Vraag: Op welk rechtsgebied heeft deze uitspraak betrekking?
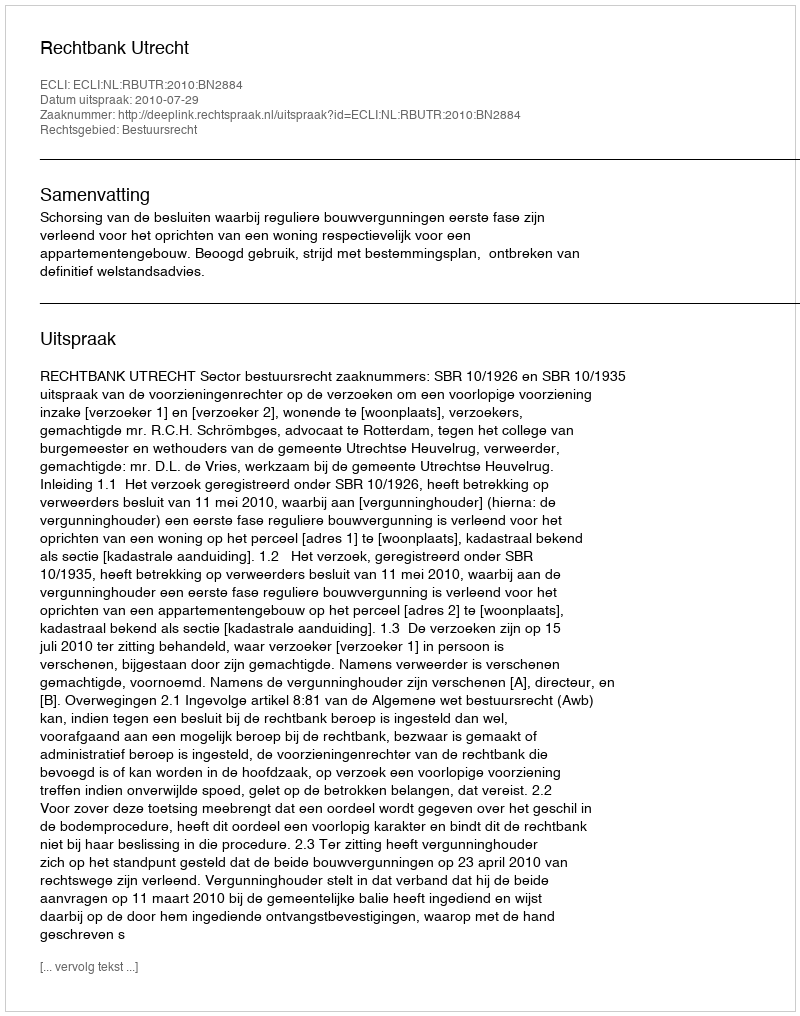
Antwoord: Bestuursrecht